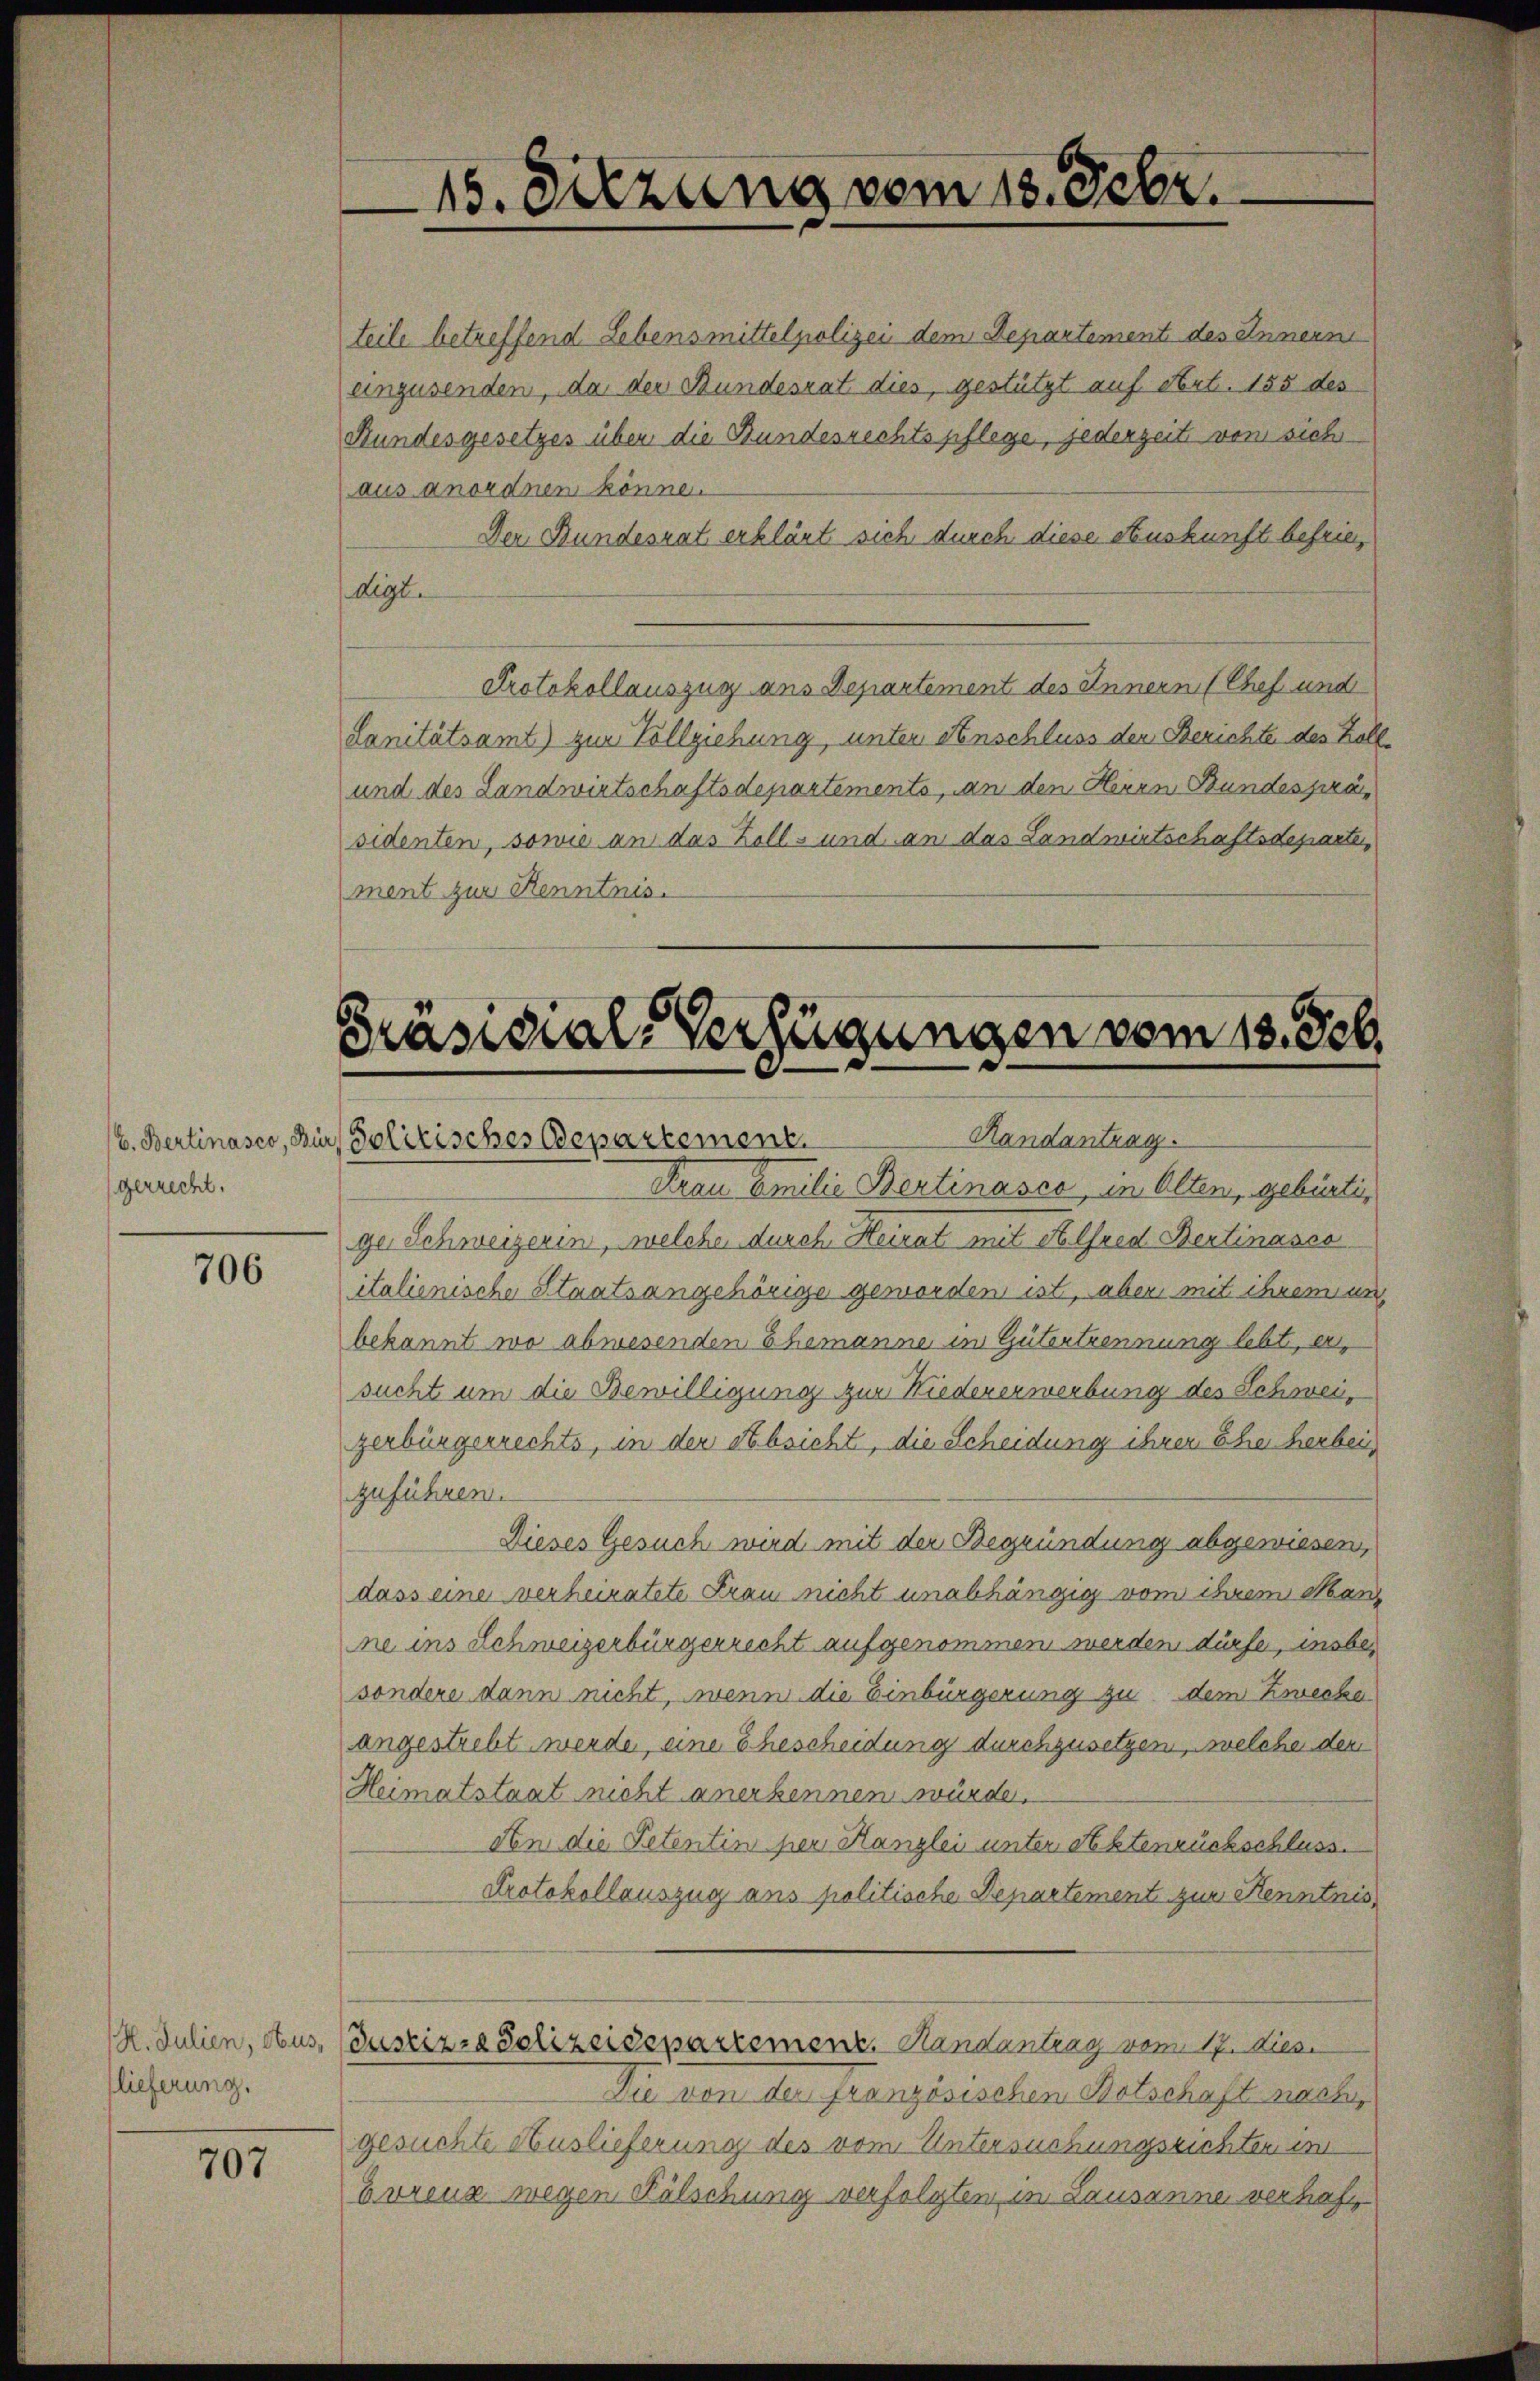
gerrecht.

706

lieferung.

707

15. Sitzung vom 18. Febr.

teile betreffend Lebensmittelpolizei dem Departement des Inneren
einzusenden, da der Bundesrat dies, gestützt auf Art. 155 des
Hundesgesetzes über die Bundesrechtspflege, jederzeite von sichaus anordnen könne.
Der Bundesunt erklärt sich durch diese Auskunft befrie
digt.
Protokollauszug aus Departement des Innern (Chef und
Lanitätsamt) zur Vollziehung, unter Anschluss den Berichte des Zoll¬
und des Landwirtschaftsdepartements, an den Herrn Bundesprasidenten, sowie an das Zoll- und an das Landwirtschaftsdeparte,
ment zur Kenntnis.

Präsidial-Verfügungen vom 13. Feb.
Handantrag.
(6. Bertinasco, zur Politisches Departement.

Krau Amilie Bertinasco, in Alten, gebürtig
ge Schweizerin, welche durch Heirat mit Alfred Bertinasco
italienische Staatsangehörige geworden ist, aber mit ihrem un
bekannt wo abwesenden Ehemanne in Gütertrennung lebt, ersucht um die Bewilligung zur Niedererwerbung des Schweizerbürgerrechts, in der Absicht, die Scheidung ihrer Eher herbei
zuführen.
Dieses Gesuch wird mit der Begründung abgewiesen,
dass eine verheiratete Frau nicht unabhängig vom ihrem Man
ne ins Schweizerbürgerrecht aufgenommen werden dürfe, insbesondere dann nicht, wenn die Einbürgerung zu dem Zwecke
angestrebt werde, eine Ehescheidung durchzusetzen, welche den
Heimatstaat nicht anerkennen würde.
An die Petentin per Kanzlei unter Aktenrückschluss.
Protokollauszug ans politische Departement zur Kenntnis
2. Julien, aus, (Justiz- & Polizeisepartement. Handantrag vom 17. Dies
Die von der französischen Botschaft nachgesuchte Auslieferung des vom Untersuchungsrichten in
Eurenz wegen Fälschung verfolgten in Lausanne verhaf